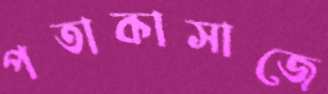
পতাকাসাজে